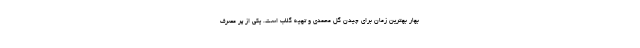
بهار بهترین زمان برای چیدن گل محمدی و تهیه گلاب است. یکی از پر مصرف